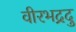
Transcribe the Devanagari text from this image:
वीरभद्रदु